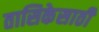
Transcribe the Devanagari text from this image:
तासिकेसाठी